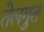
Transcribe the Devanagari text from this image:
तेलगुत